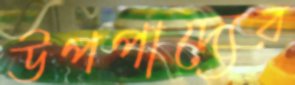
উপপাদ্যের